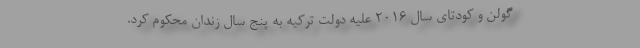
گولن و کودتای سال ۲۰۱۶ علیه دولت ترکیه به پنج سال زندان محکوم کرد.